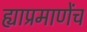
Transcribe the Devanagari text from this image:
ह्याप्रमाणेंच